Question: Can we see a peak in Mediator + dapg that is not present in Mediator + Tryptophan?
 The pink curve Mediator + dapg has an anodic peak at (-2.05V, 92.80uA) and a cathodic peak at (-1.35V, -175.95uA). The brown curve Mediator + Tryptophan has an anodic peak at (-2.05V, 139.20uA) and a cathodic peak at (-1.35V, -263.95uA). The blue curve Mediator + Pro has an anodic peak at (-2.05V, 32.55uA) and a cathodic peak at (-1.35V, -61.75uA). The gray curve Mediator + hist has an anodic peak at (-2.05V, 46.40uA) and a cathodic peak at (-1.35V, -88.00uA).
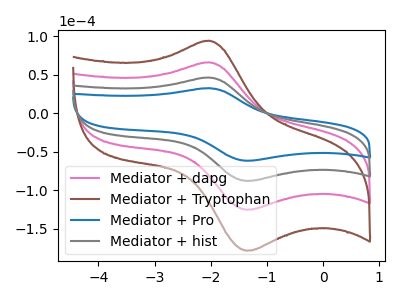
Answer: <think>All the peaks in "Mediator + dapg" have a peak in "Mediator + Tryptophan" at the same potential. Every peak in "Mediator + dapg" is lower than every peak in "Mediator + Tryptophan".
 </think>
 <answer>No, "Mediator + dapg" and "Mediator + Tryptophan" don't appear to be significantly different in shape</answer>
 <eval>no_change</eval>